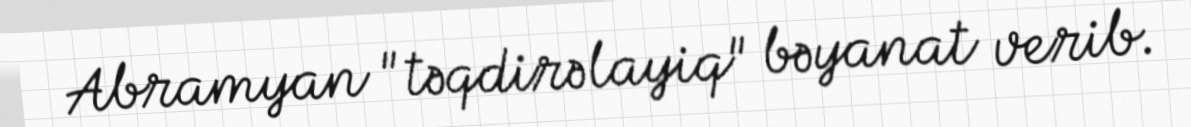
Abramyan "təqdirəlayiq" bəyanat verib.